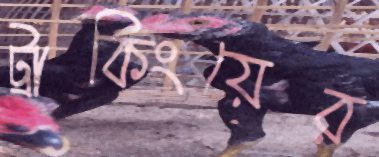
ট্রাকিংয়ের